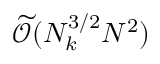
\widetilde { \mathcal { O } } ( N _ { k } ^ { 3 / 2 } N ^ { 2 } )